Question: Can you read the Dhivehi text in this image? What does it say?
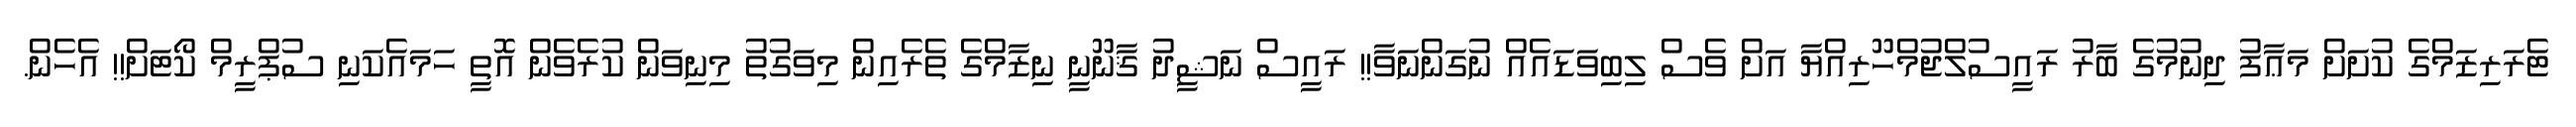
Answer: ޓެރަރިޒަމްގެ ކުށަށް މަޢާފު ދިނުމުގެ ބާރު ރައީސުލްޖުމްހޫރިއްޔާ އަށް ވެސް ލިބިވަޑައެއް ނުގަންނަވާ!! ރައީސް ނަޝީދު ޤާނޫނީ ނިޒާމްގެ ތެރެއިން މިވަގުތު މިނިވަން ކުރެވެން އޮތީ ހަމައެކަނި ސުޕްރީމް ކޯޓަށް!! އެހެން.